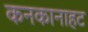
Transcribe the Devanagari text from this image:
कनकानाहट